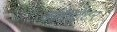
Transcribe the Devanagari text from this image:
कमेण्टेटर